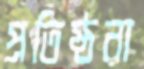
প্রতিষ্ঠরা